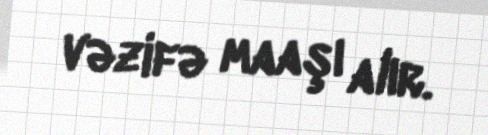
vəzifə maaşı alır.